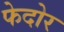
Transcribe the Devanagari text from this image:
फेदोर